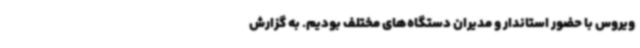
ویروس با حضور استاندار و مدیران دستگاه‌های مختلف بودیم. به گزارش